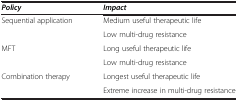
<table><thead><tr><td><b><i>Policy</i></b></td><td><b><i>Impact</i></b></td></tr></thead><tbody><tr><td>Sequential application</td><td>Medium useful therapeutic life</td></tr><tr><td> </td><td>Low multi-drug resistance</td></tr><tr><td>MFT</td><td>Long useful therapeutic life</td></tr><tr><td> </td><td>Low multi-drug resistance</td></tr><tr><td>Combination therapy</td><td>Longest useful therapeutic life</td></tr><tr><td> </td><td>Extreme increase in multi-drug resistance</td></tr></tbody></table>